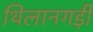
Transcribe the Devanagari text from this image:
थिलानगड़ी